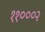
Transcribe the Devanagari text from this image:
११०००२